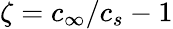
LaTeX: \zeta=c_{\infty}/c_{s}-1